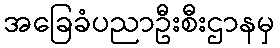
အခြေခံပညာဦးစီးဌာနမှ